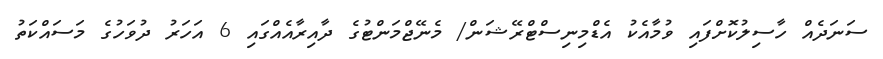
ސަނަދެއް ހާސިލުކޮށްފައި ވުމާއެކު އެޑްމިނިސްޓްރޭޝަން/ މެނޭޖްމަންޓުގެ ދާއިރާއެއްގައި 6 އަހަރު ދުވަހުގެ މަސައްކަތު